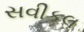
સવીકલ